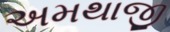
અમથાજી